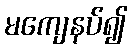
မကျေနပ်၍